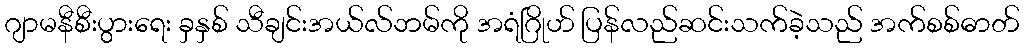
ဂျာမနီစီးပွားရေး ခှနှစ် သီချင်းအယ်လ်ဘမ်ကို အရံဂြိုဟ် ပြန်လည်ဆင်းသက်ခဲ့သည် အက်စစ်ဓာတ်